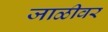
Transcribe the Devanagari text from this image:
जाळीवर